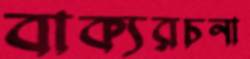
বাক্যরচনা